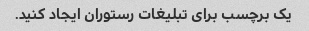
یک برچسب برای تبلیغات رستوران ایجاد کنید.